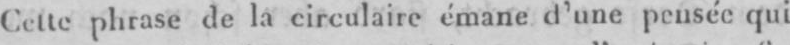
Cette phrase de la circulaire émane d’une pensée qui